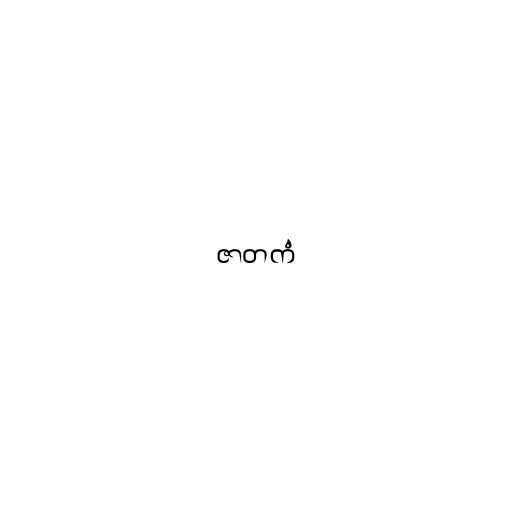
ဇာတကံ